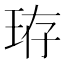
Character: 珔